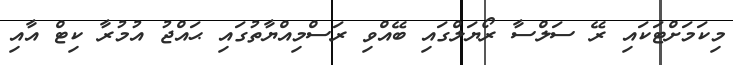
މިކަމަށްޓަކައި ރޭ ސަލްސާ ރޯޔަލްގައި ބޭއްވި ރަސްމިއްޔާތުގައި ޙައްޖު އުމުރާ ކިޓް އާއި